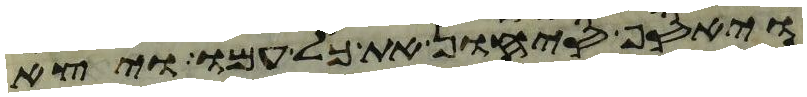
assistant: ויאסף סיחון את כל עמו ויצא